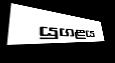
යුගළය